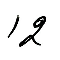
12